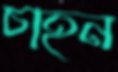
চাহন